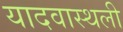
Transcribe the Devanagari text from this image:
यादवास्थली